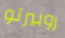
روبيرتو